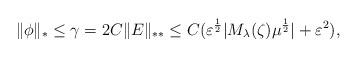
LaTeX: \begin{align*}\|\phi\|_* \leq \gamma = 2 C \|E\|_{**} \leq C ( \varepsilon^{\frac{1}{2}} |M_\lambda(\zeta) \mu^{\frac{1}{2}}| + \varepsilon^2) ,\end{align*}